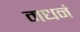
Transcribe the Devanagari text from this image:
मधनं